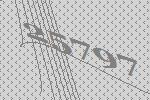
25797